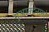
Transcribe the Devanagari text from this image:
गुआनटेनामो